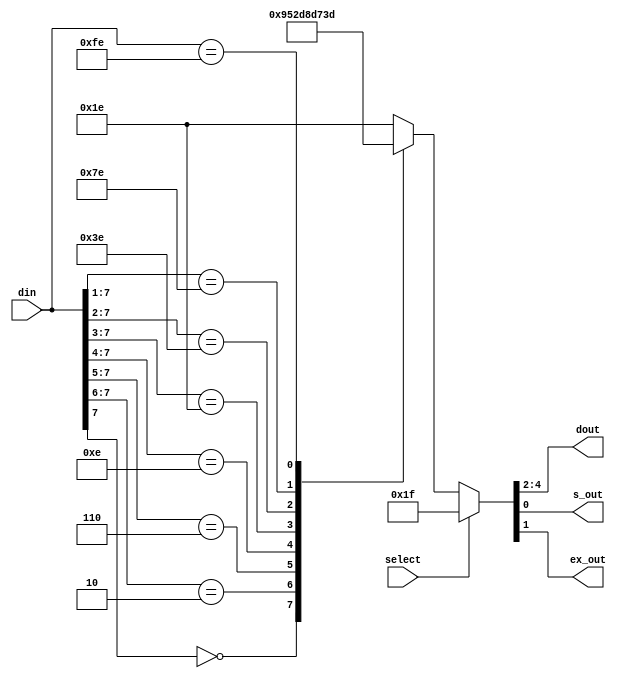
module task_83coder_new (din,select,dout,s_out,ex_out);
      input[7:0] din;    //8
      input select;        //
      output[2:0] dout;//
      output ex_out;    //
      output s_out;      // 
		
		
		reg[2:0] dout;
      reg ex_out;   
      reg s_out; 
      
     task coder; //
        input[7:0] din;
        input select;
        output[2:0] dout;
        output ex_out;
        output s_out;        
        reg[4:0] coder_out; //5 
       begin
           if(select) coder_out = 5'b111_1_1;//
           else
             begin     
                 casex(din)
                     8'b0xxx_xxxx : coder_out = 5'b000_0_1; //din[7]
                     8'b10xx_xxxx : coder_out = 5'b001_0_1;
                     8'b110x_xxxx : coder_out = 5'b010_0_1;
                     8'b1110_xxxx : coder_out = 5'b011_0_1;
                     8'b1111_0xxx : coder_out = 5'b100_0_1;
                     8'b1111_10xx : coder_out = 5'b101_0_1;
                     8'b1111_110x : coder_out = 5'b110_0_1;
                     8'b1111_1110 : coder_out = 5'b111_0_1;//din[0]
                    default: coder_out = 5'b111_1_0;              // 
                endcase
            end
      {dout, ex_out, s_out}= coder_out;               //
    end
  endtask

  always @( din or select)   
     coder(din, select, dout, ex_out, s_out);     
endmodule